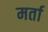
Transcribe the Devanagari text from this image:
मर्ता